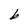
Character: b